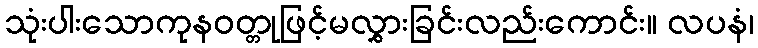
သုံးပါးသောကုနဝတ္တုဖြင့်မလွှားခြင်းလည်းကောင်း။ လပနံ၊